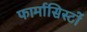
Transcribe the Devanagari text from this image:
फार्मासिस्टों